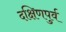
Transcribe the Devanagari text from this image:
दक्षिणपुर्व